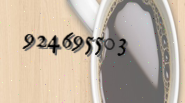
924695503